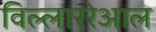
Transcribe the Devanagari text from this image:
विल्लाररेआल